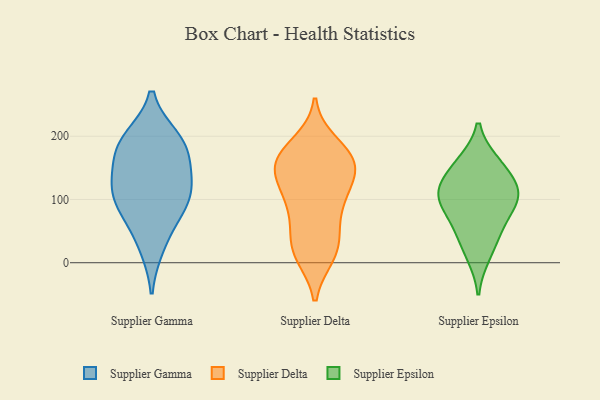
{"axis": {"x": "Headcount", "y": "Value"}, "legend": ["Supplier Delta", "Supplier Epsilon", "Supplier Gamma"], "data": [{"x": "", "y": 196, "type": "Supplier Gamma"}, {"x": "", "y": 73, "type": "Supplier Gamma"}, {"x": "", "y": 188, "type": "Supplier Gamma"}, {"x": "", "y": 90, "type": "Supplier Gamma"}, {"x": "", "y": 160, "type": "Supplier Gamma"}, {"x": "", "y": 122, "type": "Supplier Gamma"}, {"x": "", "y": 126, "type": "Supplier Gamma"}, {"x": "", "y": 26, "type": "Supplier Gamma"}, {"x": "", "y": 108, "type": "Supplier Gamma"}, {"x": "", "y": 187, "type": "Supplier Gamma"}, {"x": "", "y": 97, "type": "Supplier Delta"}, {"x": "", "y": 16, "type": "Supplier Delta"}, {"x": "", "y": 173, "type": "Supplier Delta"}, {"x": "", "y": 161, "type": "Supplier Delta"}, {"x": "", "y": 144, "type": "Supplier Delta"}, {"x": "", "y": 156, "type": "Supplier Delta"}, {"x": "", "y": 56, "type": "Supplier Delta"}, {"x": "", "y": 86, "type": "Supplier Delta"}, {"x": "", "y": 104, "type": "Supplier Delta"}, {"x": "", "y": 21, "type": "Supplier Delta"}, {"x": "", "y": 187, "type": "Supplier Delta"}, {"x": "", "y": 155, "type": "Supplier Delta"}, {"x": "", "y": 13, "type": "Supplier Delta"}, {"x": "", "y": 30, "type": "Supplier Delta"}, {"x": "", "y": 115, "type": "Supplier Delta"}, {"x": "", "y": 165, "type": "Supplier Delta"}, {"x": "", "y": 147, "type": "Supplier Delta"}, {"x": "", "y": 113, "type": "Supplier Epsilon"}, {"x": "", "y": 46, "type": "Supplier Epsilon"}, {"x": "", "y": 125, "type": "Supplier Epsilon"}, {"x": "", "y": 12, "type": "Supplier Epsilon"}, {"x": "", "y": 93, "type": "Supplier Epsilon"}, {"x": "", "y": 60, "type": "Supplier Epsilon"}, {"x": "", "y": 158, "type": "Supplier Epsilon"}, {"x": "", "y": 155, "type": "Supplier Epsilon"}, {"x": "", "y": 102, "type": "Supplier Epsilon"}, {"x": "", "y": 105, "type": "Supplier Epsilon"}]}